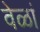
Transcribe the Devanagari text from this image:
वेळां